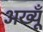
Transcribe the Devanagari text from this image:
अख्यूँ